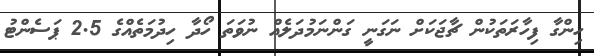
ހިންގާ ފިހާރަތަކުން ޗާޖަކަށް ނަގަނީ ގަންނަމުދަލެއް ނުވަތަ ހޯދާ ހިދުމަތެއްގެ 2.5 ޕަސެންޓު